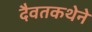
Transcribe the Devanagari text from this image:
दैवतकथेने